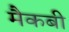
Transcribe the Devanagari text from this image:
मैकबी